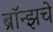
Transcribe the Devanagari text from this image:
ब्राॅन्झचे